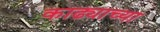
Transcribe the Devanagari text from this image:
काढ्याच्या